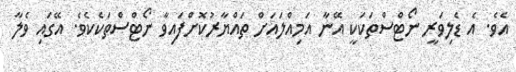
އެވެ. އެ ޑެލިވަރީ ނޯޓްސްތަކަކީ އޭނާ އަމިއްލައަށް ތައްޔާރުކޮށްފައިވާ ނޯޓްސްތަކެކެވެ. އޭގައި ވެލާ